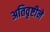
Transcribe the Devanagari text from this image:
अतिवृष्टीने